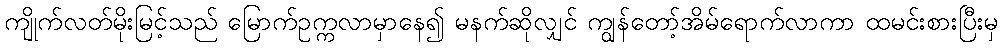
ကျိုက်လတ်မိုးမြင့်သည် မြောက်ဥက္ကလာမှာနေ၍ မနက်ဆိုလျှင် ကျွန်တော့်အိမ်ရောက်လာကာ ထမင်းစားပြီးမှ